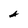
Character: A